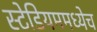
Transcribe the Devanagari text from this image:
स्टेडियममध्येच